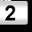
Digit: 2